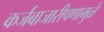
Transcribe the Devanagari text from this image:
कर्जबाजारीपणामुळे